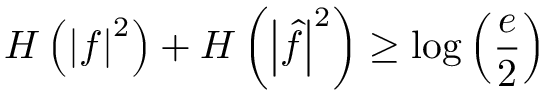
H \left( \left| f \right| ^ { 2 } \right) + H \left( \left| { \hat { f } } \right| ^ { 2 } \right) \geq \log \left( { \frac { e } { 2 } } \right)